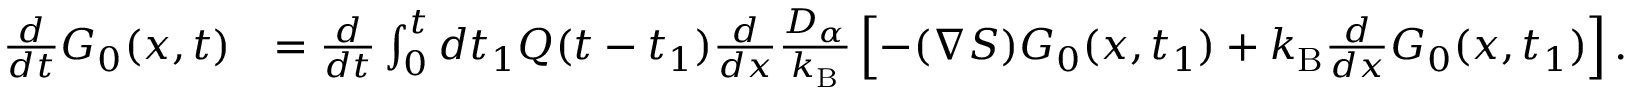
\begin{array} { r l } { \frac { d } { d t } G _ { 0 } ( x , t ) } & { = \frac { d } { d t } \int _ { 0 } ^ { t } d t _ { 1 } Q ( t - t _ { 1 } ) \frac { d } { d x } \frac { D _ { \alpha } } { k _ { \mathrm { B } } } \left[ - ( \nabla S ) G _ { 0 } ( x , t _ { 1 } ) + k _ { \mathrm { B } } \frac { d } { d x } G _ { 0 } ( x , t _ { 1 } ) \right] . } \end{array}